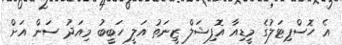
އެ ހޮސްޕިޓަލުގެ މީޑިއާ އޮފިޝަލް ޒީނަތު އަލީ ހަބީބު މިއަދު ސަން އަށް